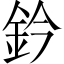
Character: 鈐